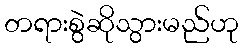
တရားစွဲဆိုသွားမည်ဟု